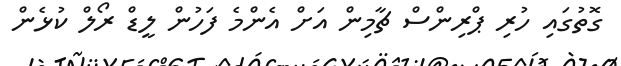
ގޮތުގައި ހުރި ޕްރިންސް ޗާމިން އަށް އެންމެ ފަހުން ލީޑް ރޯލް ކުޅެން